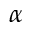
\alpha